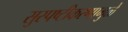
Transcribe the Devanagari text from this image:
सुस्पष्टीकरणामुळे